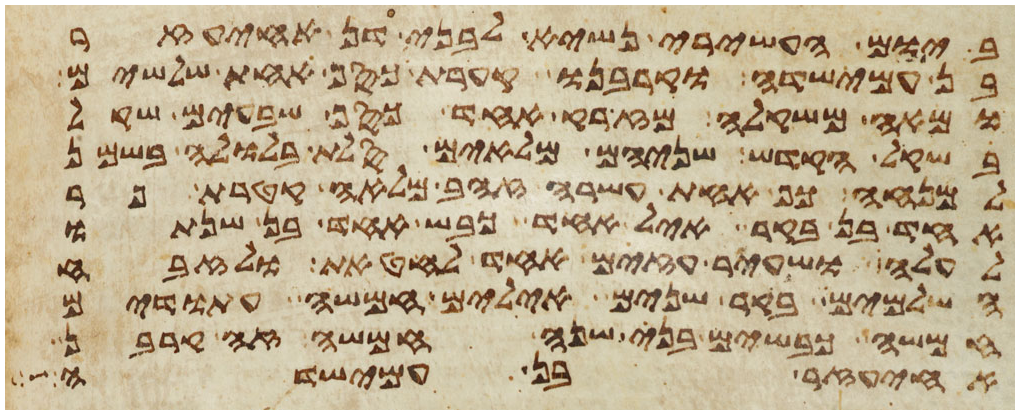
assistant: ביום העשירי נשיא לבני דן אחיעזר
בן עמישדי וקרבנו קערת כסף אחת שלשים
ומאה משקלה מזרק אחד כסף שבעים שקל
בשקל הקדש שניהם מלאים סלת בלולה בשמן
למנחה כף אחת עשרה זהב מלאה קטרת פר
אחד בן בקר איל אחד כבש אחד בן שנתו
לעלה ושעיר עזים אחד לחטאת ולזבח
השלמים בקר שנים אילים חמשה עתודים
חמשה כבשים בני שנה חמשה זה קרבן
אחיעזר בן עמישדי